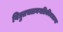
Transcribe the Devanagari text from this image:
विद्युतचलनगतिकीमधल्या